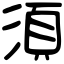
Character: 須